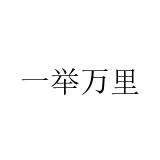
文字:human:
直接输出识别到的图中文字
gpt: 一举万里